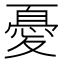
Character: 憂